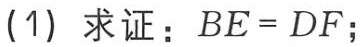
(1) 求证：$BE = DF$；